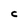
Character: C